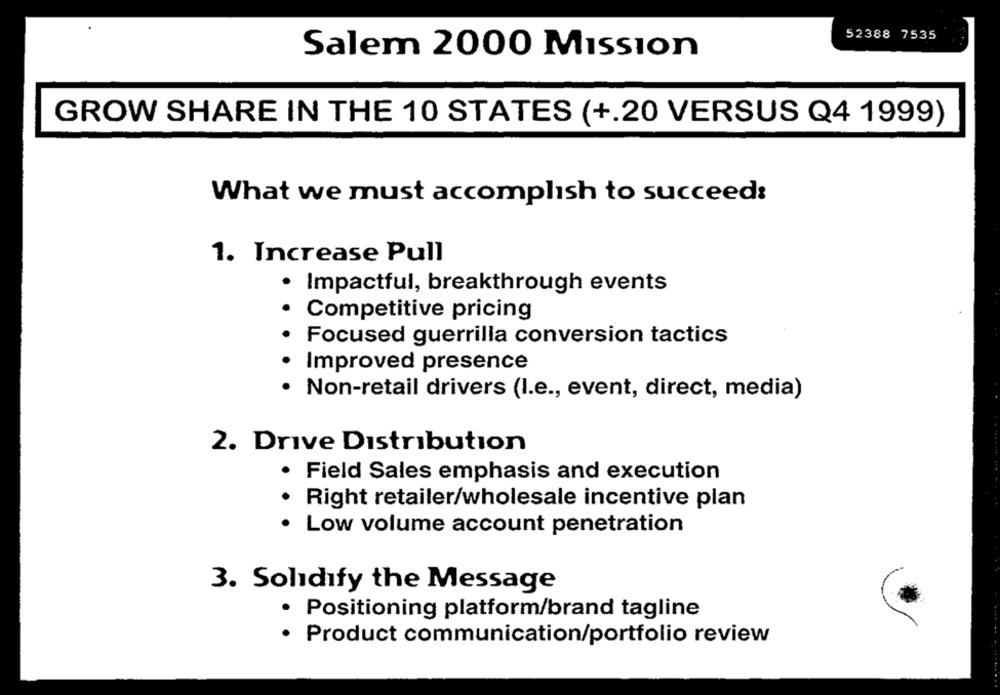
52388 7535
Salem 2000 Mission
GROW SHARE IN THE 10 STATES (+.20 VERSUS Q4 1999)
What we must accomplish to succeed:
1. Increase Pull
· Impactful, breakthrough events
· Competitive pricing
· Focused guerrilla conversion tactics
Improved presence
· Non-retail drivers (I.e ., event, direct, media)
2. Drive Distribution
· Field Sales emphasis and execution
.
Right retailer/wholesale incentive plan
.
Low volume account penetration
3. Solidify the Message
· Positioning platform/brand tagline
· Product communication/portfolio review